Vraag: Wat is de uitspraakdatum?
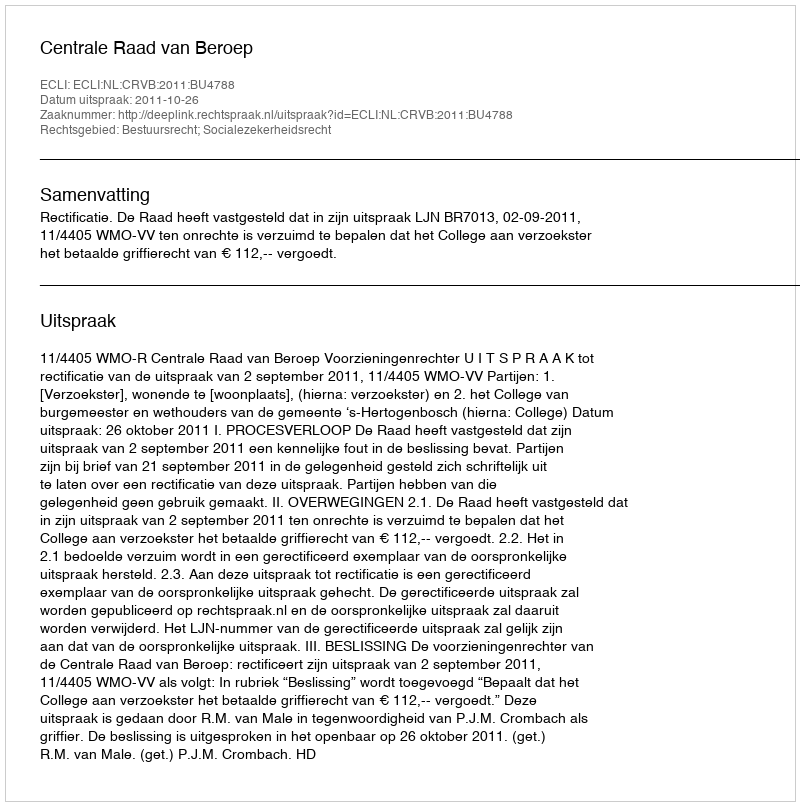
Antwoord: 2011-10-26